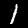
Digit: 1